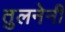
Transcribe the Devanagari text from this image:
तुलनेनी